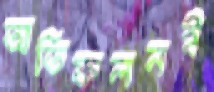
অতিফলনই